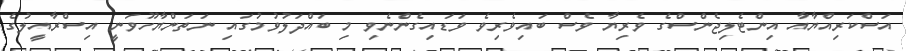
އަސްކަރިއްޔާއާ އިންޓެލިޖެންސްގެ ވެރިޔާ ވެސް ބައިވެރިވެ ވަޑައިގެންނެވި މި ބައްދަލުވުމުގައި ނަތަންޔާހޫވަނީ އިސްރާއީލުގެ